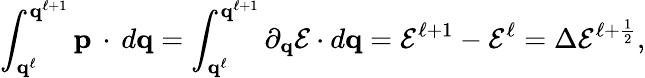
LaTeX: \int_{\mathbf{q}^{\ell}}^{\mathbf{q}^{\ell+1}}\mathbf{p}\, \cdot\, d\mathbf{q}=\int_{\mathbf{q}^{\ell}}^{\mathbf{q}^{\ell+1}}\partial_{\mathbf{q}}\mathcal{E}\cdot d\mathbf{q}=\mathcal{E}^{\ell+1}-\mathcal{E}^{\ell}=\Delta\mathcal{E}^{\ell+\frac{1}{2}},